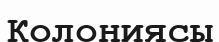
Колониясы